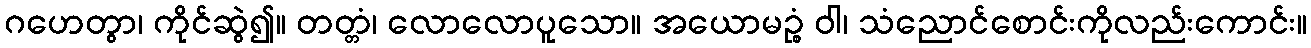
ဂဟေတွာ၊ ကိုင်ဆွဲ၍။ တတ္တံ၊ လောလောပူသော။ အယောမဉ္စံ ဝါ၊ သံညောင်စောင်းကိုလည်းကောင်း။